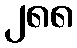
၂၈၈